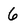
Character: 6